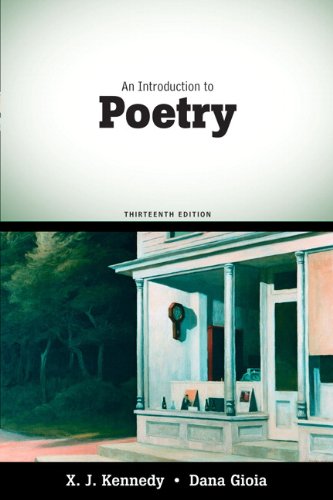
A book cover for An Introduction to Poetry (13th Edition); X. J. Kennedy; Literature & Fiction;